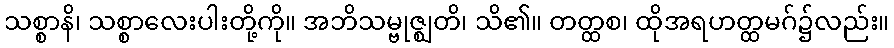
သစ္စာနိ၊ သစ္စာလေးပါးတို့ကို။ အဘိသမ္ဗုဇ္ဈတိ၊ သိ၏။ တတ္ထစ၊ ထိုအရဟတ္ထမဂ်၌လည်း။